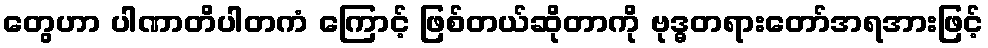
တွေဟာ ပါဏာတိပါတကံ ကြောင့် ဖြစ်တယ်ဆိုတာကို ဗုဒ္ဓတရားတော်အရအားဖြင့်